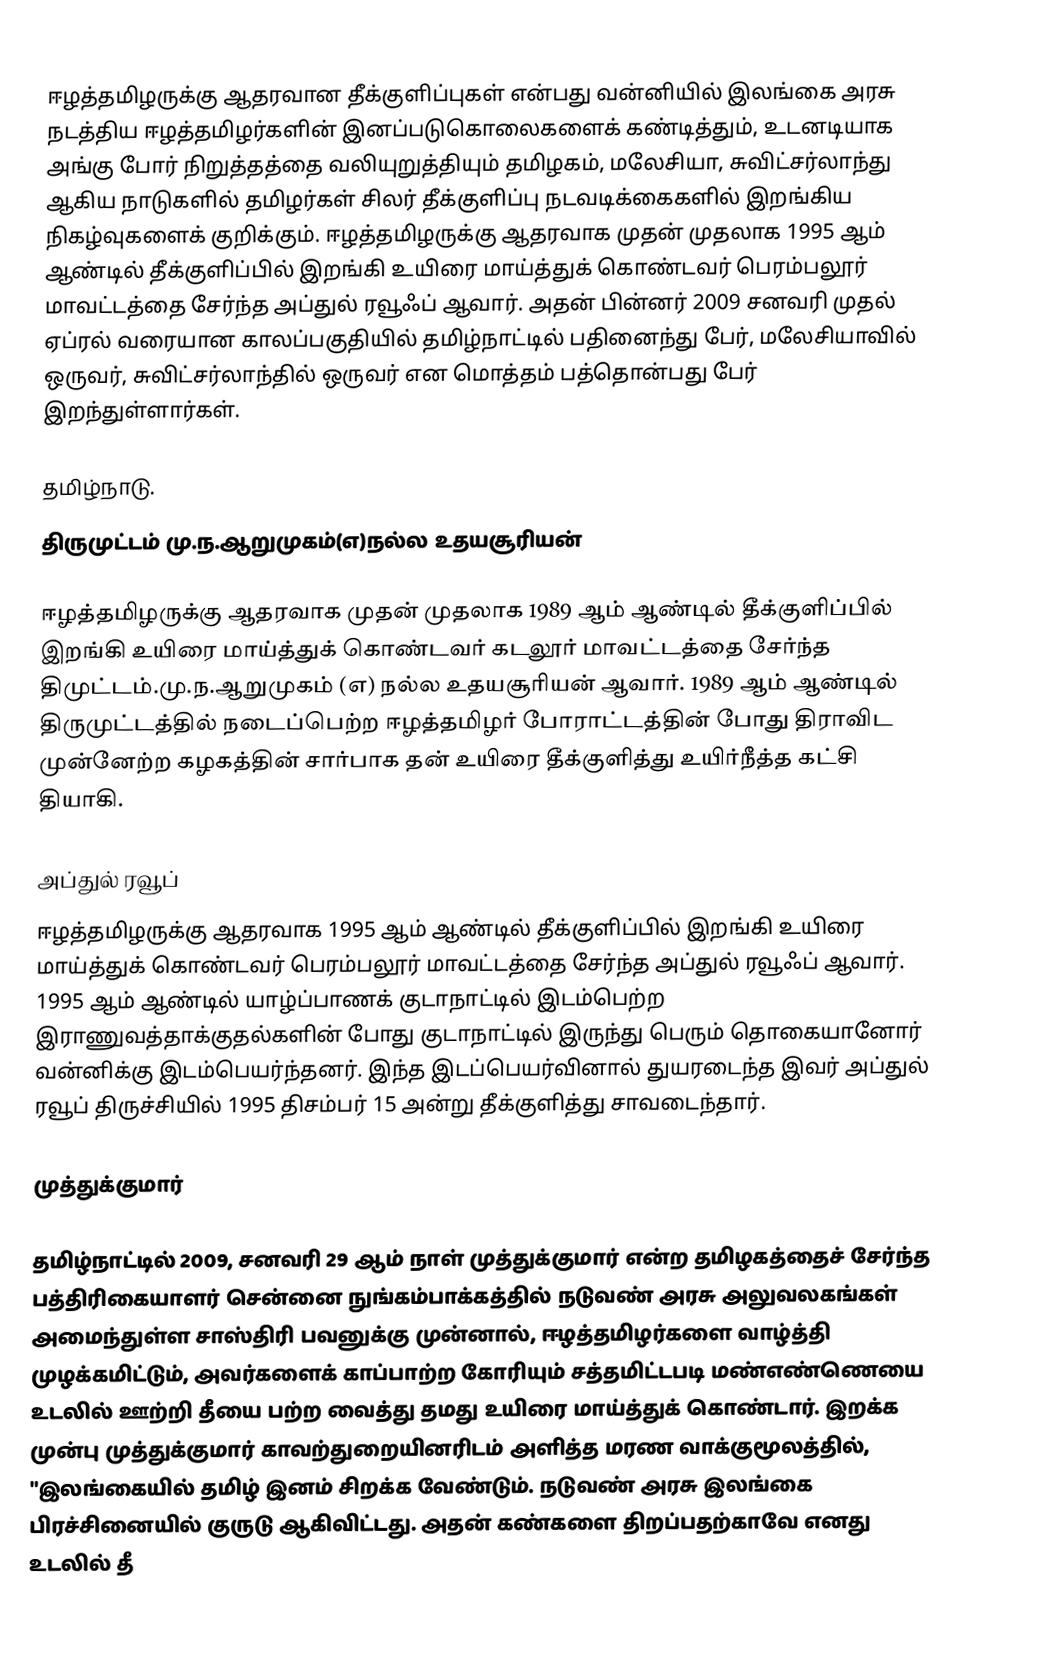
ஈழத்தமிழருக்கு ஆதரவான தீக்குளிப்புகள் என்பது வன்னியில் இலங்கை அரசு நடத்திய ஈழத்தமிழர்களின் இனப்படுகொலைகளைக் கண்டித்தும், உடனடியாக அங்கு போர் நிறுத்தத்தை வலியுறுத்தியும் தமிழகம், மலேசியா, சுவிட்சர்லாந்து ஆகிய நாடுகளில் தமிழர்கள் சிலர் தீக்குளிப்பு நடவடிக்கைகளில் இறங்கிய நிகழ்வுகளைக் குறிக்கும். ஈழத்தமிழருக்கு ஆதரவாக முதன் முதலாக 1995 ஆம் ஆண்டில் தீக்குளிப்பில் இறங்கி உயிரை மாய்த்துக் கொண்டவர் பெரம்பலூர் மாவட்டத்தை சேர்ந்த அப்துல் ரவூஃப் ஆவார். அதன் பின்னர் 2009 சனவரி முதல் ஏப்ரல் வரையான காலப்பகுதியில் தமிழ்நாட்டில் பதினைந்து பேர், மலேசியாவில் ஒருவர், சுவிட்சர்லாந்தில் ஒருவர் என மொத்தம் பத்தொன்பது பேர் இறந்துள்ளார்கள்.

தமிழ்நாடு.
திருமுட்டம் மு.ந.ஆறுமுகம்(எ)நல்ல உதயசூரியன்

ஈழத்தமிழருக்கு ஆதரவாக முதன் முதலாக 1989 ஆம் ஆண்டில் தீக்குளிப்பில் இறங்கி உயிரை மாய்த்துக் கொண்டவர் கடலூர் மாவட்டத்தை சேர்ந்த திமுட்டம்.மு.ந.ஆறுமுகம் (எ) நல்ல உதயசூரியன் ஆவார். 1989 ஆம் ஆண்டில் திருமுட்டத்தில் நடைப்பெற்ற ஈழத்தமிழர் போராட்டத்தின் போது திராவிட முன்னேற்ற கழகத்தின் சார்பாக தன் உயிரை தீக்குளித்து உயிர்நீத்த கட்சி தியாகி.

அப்துல் ரவூப்
ஈழத்தமிழருக்கு ஆதரவாக 1995 ஆம் ஆண்டில் தீக்குளிப்பில் இறங்கி உயிரை மாய்த்துக் கொண்டவர் பெரம்பலூர் மாவட்டத்தை சேர்ந்த அப்துல் ரவூஃப் ஆவார். 1995 ஆம் ஆண்டில் யாழ்ப்பாணக் குடாநாட்டில் இடம்பெற்ற இராணுவத்தாக்குதல்களின் போது குடாநாட்டில் இருந்து பெரும் தொகையானோர் வன்னிக்கு இடம்பெயர்ந்தனர். இந்த இடப்பெயர்வினால் துயரடைந்த இவர் அப்துல் ரவூப் திருச்சியில் 1995 திசம்பர் 15 அன்று தீக்குளித்து சாவடைந்தார்.

முத்துக்குமார்

தமிழ்நாட்டில் 2009, சனவரி 29 ஆம் நாள் முத்துக்குமார் என்ற தமிழகத்தைச் சேர்ந்த பத்திரிகையாளர் சென்னை நுங்கம்பாக்கத்தில் நடுவண் அரசு அலுவலகங்கள் அமைந்துள்ள சாஸ்திரி பவனுக்கு முன்னால், ஈழத்தமிழர்களை வாழ்த்தி முழக்கமிட்டும், அவர்களைக் காப்பாற்ற கோரியும் சத்தமிட்டபடி மண்எண்ணெயை உடலில் ஊற்றி தீயை பற்ற வைத்து தமது உயிரை மாய்த்துக் கொண்டார். இறக்க முன்பு முத்துக்குமார் காவற்துறையினரிடம் அளித்த மரண வாக்குமூலத்தில், "இலங்கையில் தமிழ் இனம் சிறக்க வேண்டும். நடுவண் அரசு இலங்கை பிரச்சினையில் குருடு ஆகிவிட்டது. அதன் கண்களை திறப்பதற்காவே எனது உடலில் தீ